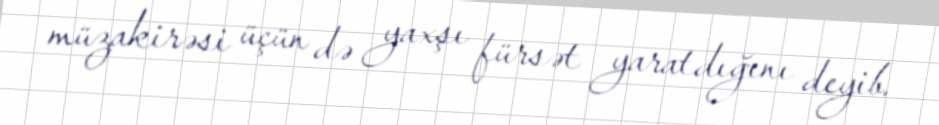
müzakirəsi üçün də yaxşı fürsət yaratdığını deyib.